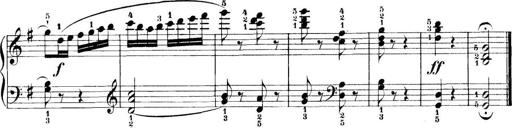
Title: 11 Sonatinas
Composer: Anton Diabelli